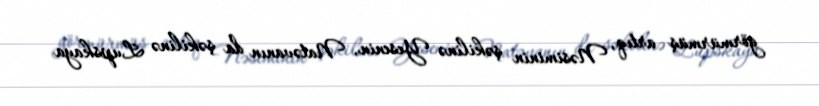
görmürmüş artıq, Nəsiminin şəkilinə Yesenin, Natəvanın da şəkilinə Lupskaya